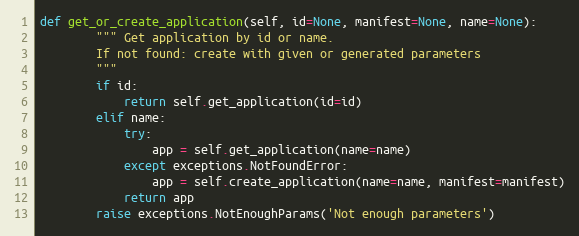
Language: Python
def get_or_create_application(self, id=None, manifest=None, name=None):
        """ Get application by id or name.
        If not found: create with given or generated parameters
        """
        if id:
            return self.get_application(id=id)
        elif name:
            try:
                app = self.get_application(name=name)
            except exceptions.NotFoundError:
                app = self.create_application(name=name, manifest=manifest)
            return app
        raise exceptions.NotEnoughParams('Not enough parameters')